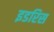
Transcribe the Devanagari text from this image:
इडरिस